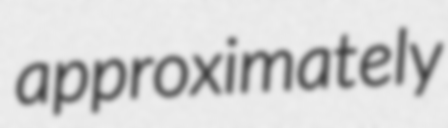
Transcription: approximately